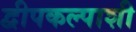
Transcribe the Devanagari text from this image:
द्वीपकल्पाशी